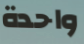
واحدة